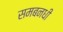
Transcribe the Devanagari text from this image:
समबनधी